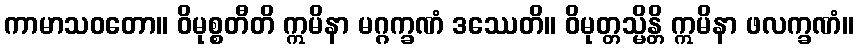
ကာမာသဝတော။ ဝိမုစ္စတီတိ ဣမိနာ မဂ္ဂက္ခဏံ ဒဿေတိ။ ဝိမုတ္တသ္မိန္တိ ဣမိနာ ဖလက္ခဏံ။